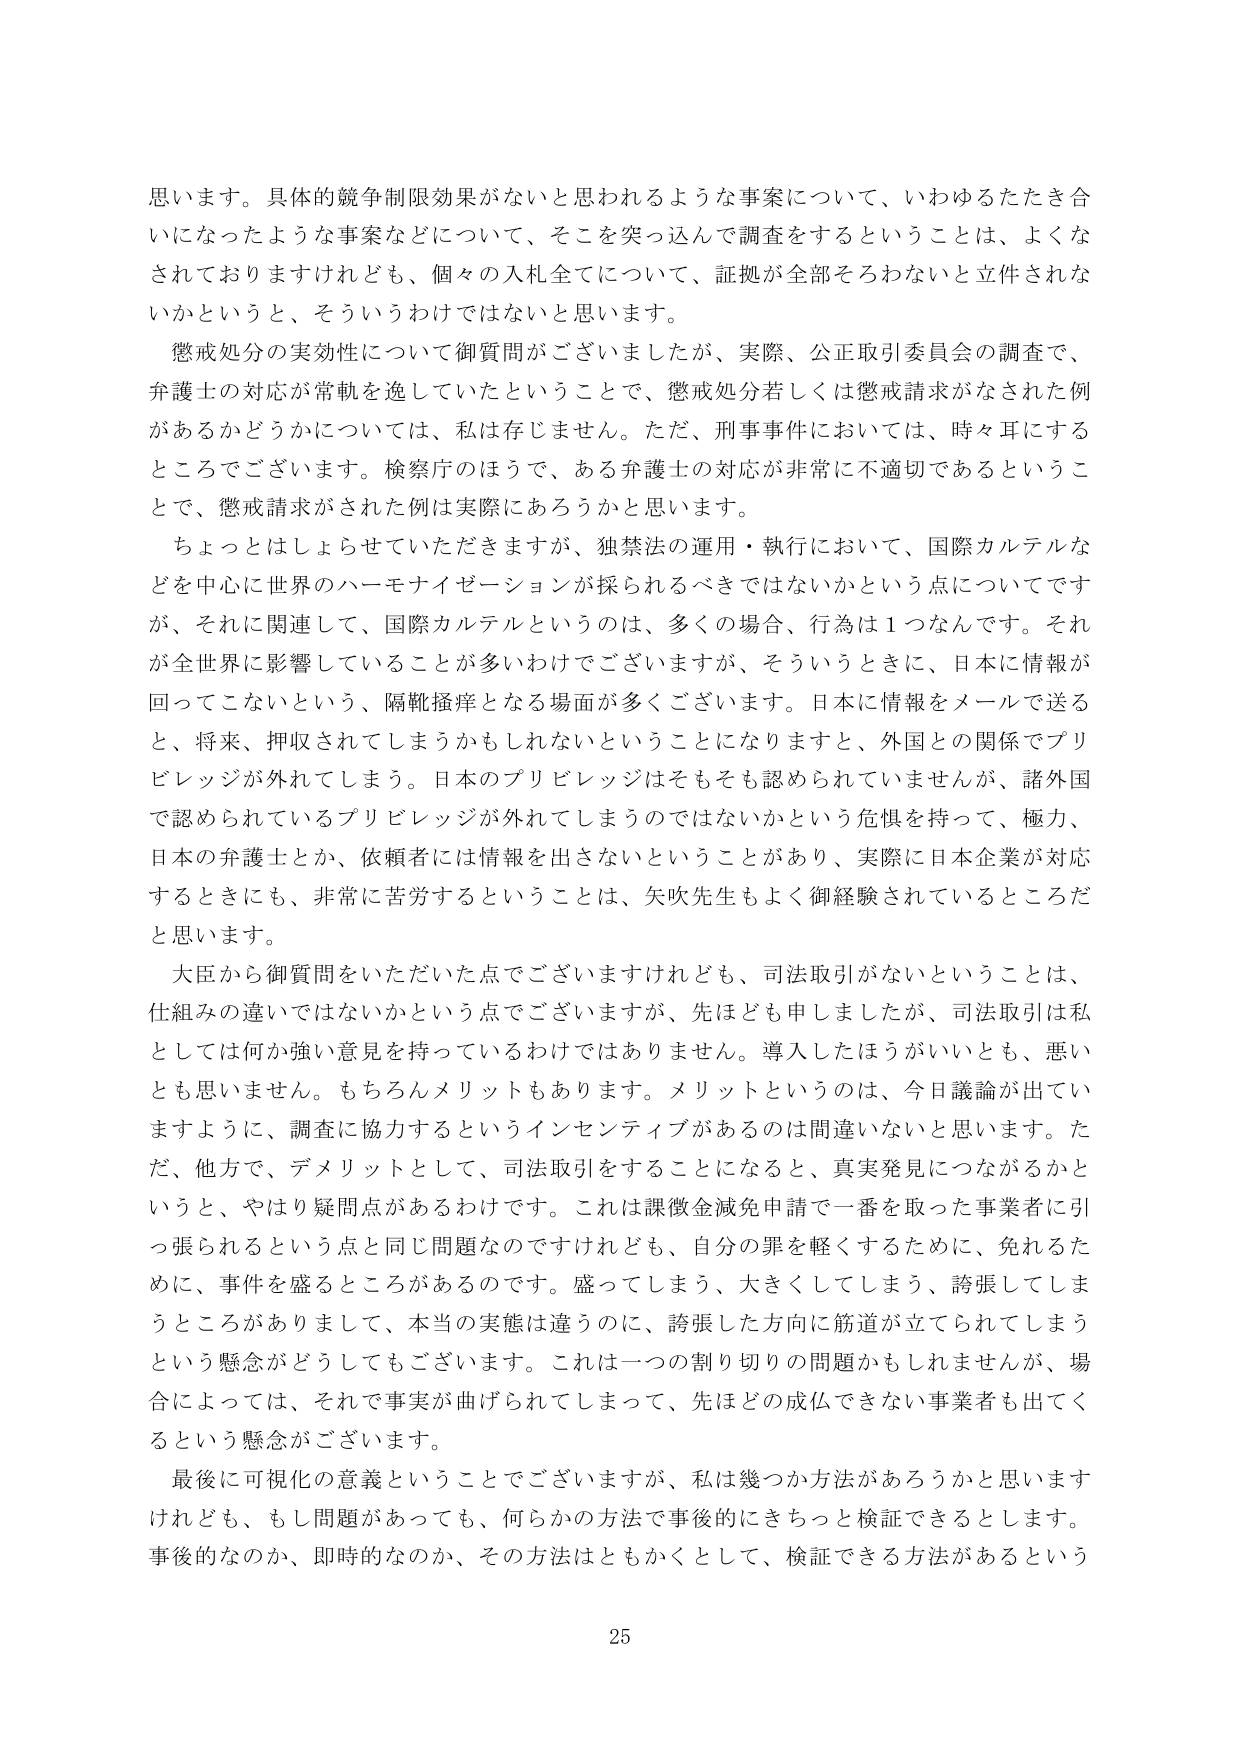
思います。具体的競争制限効果がないと思われるような事案について、いわゆるたたき合いになったような事案などについて、そこを突っ込んで調査をするということは、よくなされておりますけれども、個々の入札全てについて、証拠が全部そろわないと立件されないかというと、そういうわけではないと思います。

懲戒処分の実効性について御質問がございましたが、実際、公正取引委員会の調査で、弁護士の対応が常軌を逸していたということで、懲戒処分若しくは懲戒請求がなされた例があるかどうかについては、私は存じません。ただ、刑事事件においては、時々耳にするところでございます。検察庁のほうで、ある弁護士の対応が非常に不適切であるということで、懲戒請求がされた例は実際にあろうかと思います。

ちょっとはしょらせていただきますが、独禁法の運用・執行において、国際カルテルなどを中心に世界のハーモナイゼーションが採られるべきではないかという点についてですが、それに関連して、国際カルテルというのは、多くの場合、行為は1つなんです。それが全世界に影響していることが多いわけでございますが、そういうときに、日本に情報が回ってこないという、隔靴搔痒となる場面が多くございます。日本に情報をメールで送ると、将来、押収されてしまうかもしれないということになりますと、外国との関係でプリビレッジが外れてしまう。日本のプリビレッジはそもそも認められていませんが、諸外国で認められているプリビレッジが外れてしまうのではないかという危惧を持って、極力、日本の弁護士とか、依頼者には情報を出さないということがあり、実際に日本企業が対応するときにも、非常に苦労するということは、矢吹先生もよく御経験されているところだと思います。

大臣から御質問をいただいた点でございますけれども、司法取引がないということは、仕組みの違いではないかという点でございますが、先ほども申しましたが、司法取引は私としては何か強い意見を持っているわけではありません。導入したほうがいいとも、悪いとも思いません。もちろんメリットもあります。メリットというのは、今日議論が出ていますように、調査に協力するというインセンティブがあるのは間違いないと思います。ただ、他方で、デメリットとして、司法取引をすることになると、真実発見につながるかというと、やはり疑問点があるわけです。これは課徴金減免申請で一番を取った事業者に引っ張られるという点と同じ問題なのですけれども、自分の罪を軽くするために、免れるために、事件を盛るところがあるのです。盛ってしまう、大きくしてしまう、誇張してしまうところがありまして、本当の実態は違うのに、誇張した方向に筋道が立てられてしまうという懸念がどうしてもございます。これは一つの割り切りの問題かもしれませんが、場合によっては、それで事実が曲げられてしまって、先ほどの成仏できない事業者も出てくるという懸念がございます。

最後に可視化の意義ということでございますが、私は幾つか方法があろうかと思いますけれども、もし問題があっても、何らかの方法で事後的にきちっと検証できるとします。事後的なのか、即時的なのか、その方法はともかくとして、検証できる方法があるという

25